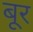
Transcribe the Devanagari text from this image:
बूर